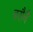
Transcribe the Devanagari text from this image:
बरौनै